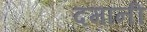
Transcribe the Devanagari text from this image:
दमानी